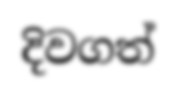
දිවගත්